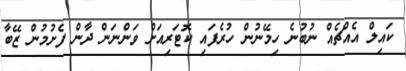
ކައިލް އެއްޗެއް ނުބުނެ ހިމޭނުން ހުރެފައި ކޮޓަރިއަށް ވަންނަން ދާން ފެށުމުން ޒޭބާ